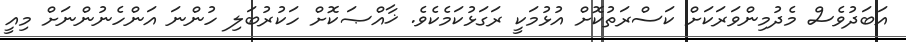
އަބަދުވެސް މެދުމިންވަރަކަށް ކަސްރަތުކޮށް އުޅުމަކީ ރަގަޅުކަމެކެވެ. ޚާއްޞަކޮށް ހަކުރުބަލި ހުންނަ އަންހެނުންނަށް މިއީ